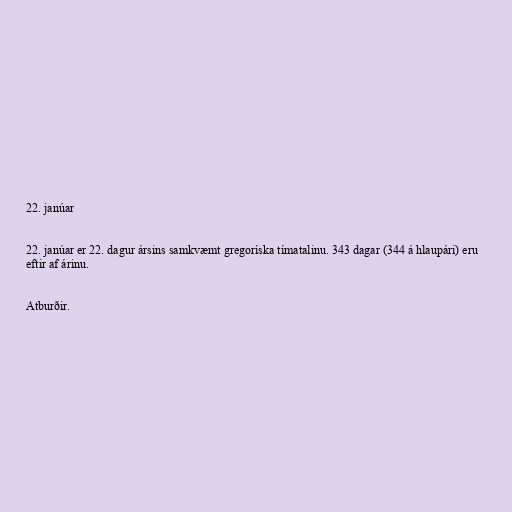
22. janúar

22. janúar er 22. dagur ársins samkvæmt gregoríska tímatalinu. 343 dagar (344 á hlaupári) eru
eftir af árinu.

Atburðir.